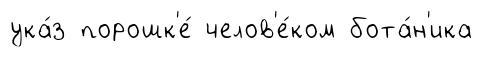
ука́з порошк'е́ челов'е́ком бота́н'ика